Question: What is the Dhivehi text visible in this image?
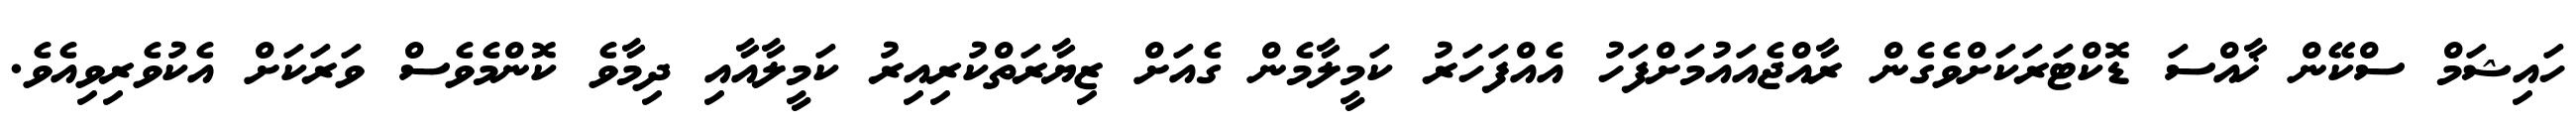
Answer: ހައިޝަމް ސްކޭން ޚާއްސަ ޑޮކްޓަރަކަށްވެގެން ރާއްޖެއައުމަށްފަހު އެއްފަހަރު ކަމީލާމެން ގެއަށް ޒިޔާރަތްކުރިއިރު ކަމީލާއާއި ދިމާވެ ކޮންމެވެސް ވަރަކަށް އެކުވެރިވިއެވެ.